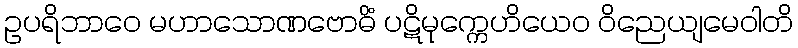
ဥပရိဘာဝေ မဟာသောဏဗောဓိံ ပဋိမုက္ကေဟိယေဝ ဝိညေယျမေဝါတိ